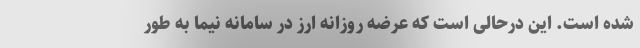
شده است. این درحالی است که عرضه روزانه ارز در سامانه نیما به طور